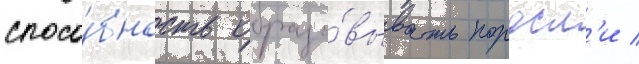
спосо́бность образо́вывать поросл'и /